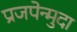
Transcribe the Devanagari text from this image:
प्रजपेन्मुदा